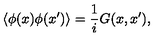
\langle \phi ( x ) \phi ( x ^ { \prime } ) \rangle = { \frac { 1 } { i } } G ( x , x ^ { \prime } ) ,